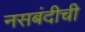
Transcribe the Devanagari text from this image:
नसबंदीची